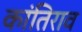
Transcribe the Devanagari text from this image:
कांतिराव